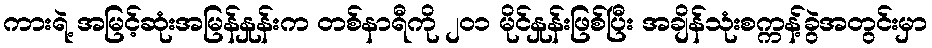
ကားရဲ့ အမြင့်ဆုံးအမြန်နှုန်းက တစ်နာရီကို ၂၀၁ မိုင်နှုန်းဖြစ်ပြီး အချိန်သုံးစက္ကန့်ခွဲအတွင်းမှာ